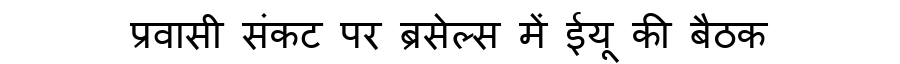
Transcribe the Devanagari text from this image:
प्रवासी संकट पर ब्रसेल्स में ईयू की बैठक